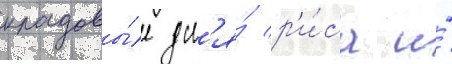
кладовы́е дл'я́ р'и́са и́